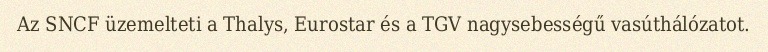
Az SNCF üzemelteti a Thalys, Eurostar és a TGV nagysebességű vasúthálózatot.